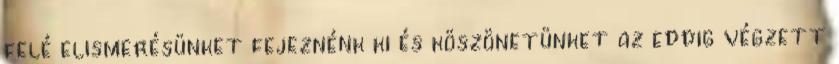
felé elismerésünket fejeznénk ki és köszönetünket az eddig végzett